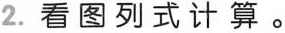
2.看图列式计算。